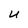
Character: U